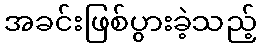
အခင်းဖြစ်ပွားခဲ့သည့်